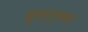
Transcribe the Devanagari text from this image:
सुधार्णव